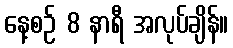
နေ့စဉ် 8 နာရီ အလုပ်ချိန်။